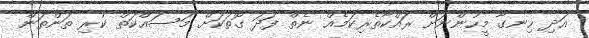
އަދި ހިނގާ މީހުންނަށް ރައްކާތެރިކަމެއް ނެތް ފަދަ ގޮތަކަށް މަސައްކަތް ކުރި ތަންތަން